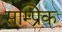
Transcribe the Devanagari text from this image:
सम्प्रिक